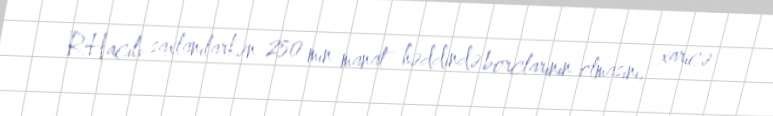
R.Hacılı saxlanılarkən 250 min manat həddində borclarının olmasını, xaricə